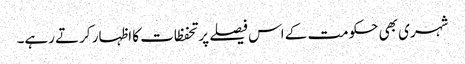
شہری بھی حکومت کے اس فیصلے پر تحفظات کا اظہار کرتے رہے۔